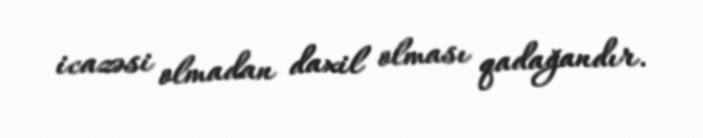
icazəsi olmadan daxil olması qadağandır.